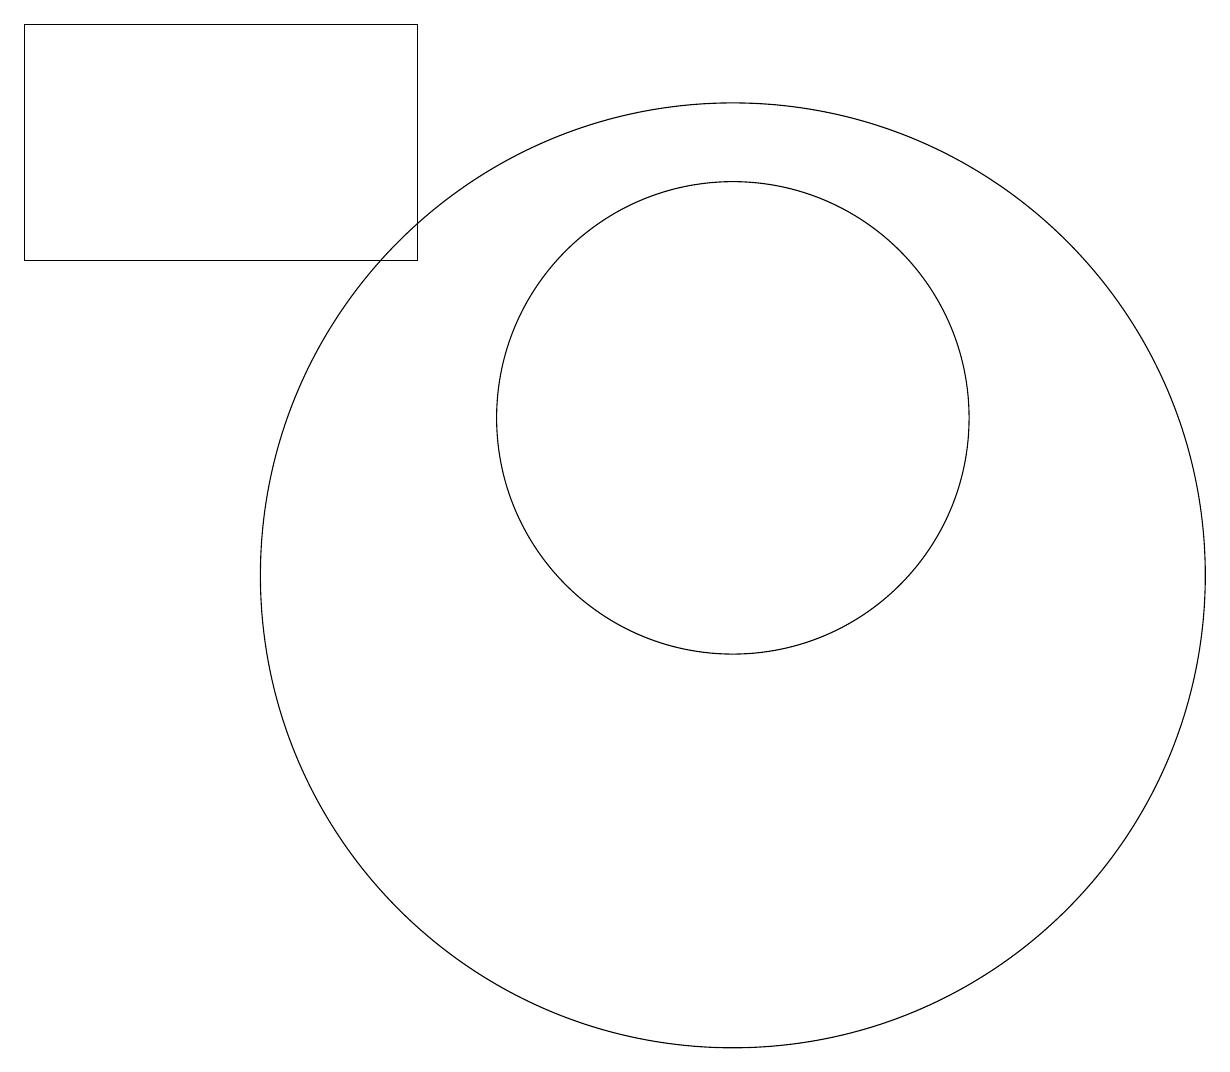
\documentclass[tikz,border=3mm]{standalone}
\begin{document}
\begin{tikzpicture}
\draw (10,10) circle (6);
\draw (10,12) circle (0);
\draw (1,14) rectangle (6,17);
\draw (10,12) circle (3);
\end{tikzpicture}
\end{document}